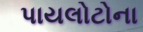
પાયલોટોના